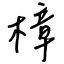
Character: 樟